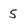
Character: 5